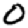
Digit: 0